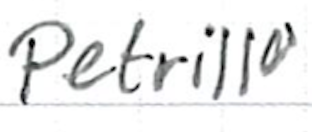
Text: Petrillo
Cross-out: clean
Writing tool: ballpoint